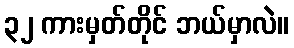
၃၂ ကားမှတ်တိုင် ဘယ်မှာလဲ။